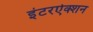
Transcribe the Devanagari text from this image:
इंटरऐक्शन